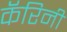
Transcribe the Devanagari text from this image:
कॅरिनी